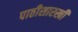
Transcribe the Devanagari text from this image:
पाठीसारखी